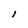
Character: I